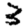
Digit: 3